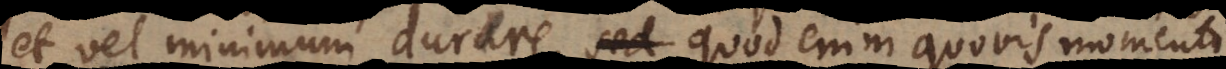
et vel minimum durare, quod enim quovis momento